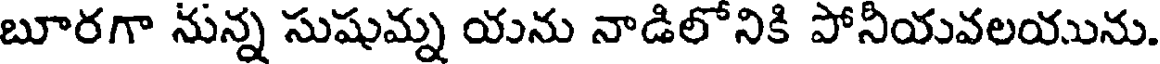
బూరగా నున్న సుషుమ్న యను నాడిలోనికి పోనియవలయును.